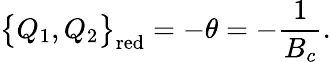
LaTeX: \big\{ Q_{1},Q_{2}\big\} _{\mathrm{red}}=-\theta=-\frac{1}{B_{c}}.